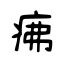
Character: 疿